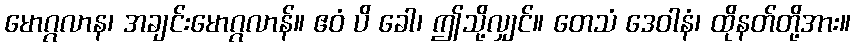
မောဂ္ဂလာန၊ အချင်းမောဂ္ဂလာန်။ ဧဝံ ပိ ခေါ၊ ဤသို့လျှင်။ တေသံ ဒေဝါနံ၊ ထိုနတ်တို့အား။